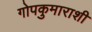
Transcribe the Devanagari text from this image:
गोपकुमाराशी